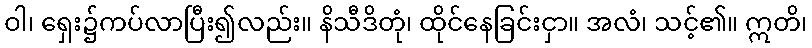
ဝါ၊ ရှေး၌ကပ်လာပြီး၍လည်း။ နိသီဒိတုံ၊ ထိုင်နေခြင်းငှာ။ အလံ၊ သင့်၏။ ဣတိ၊